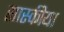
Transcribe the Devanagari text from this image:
सास्कीया